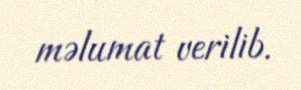
məlumat verilib.